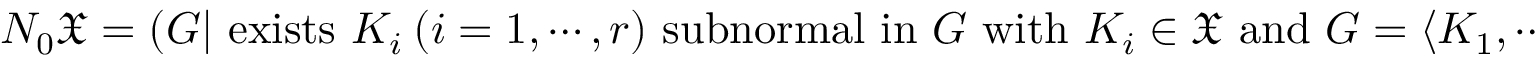
N _ { 0 } { \mathfrak { X } } = ( G | { \mathrm { ~ e x i s t s ~ } } K _ { i } \ ( i = 1 , \cdots , r ) { \mathrm { ~ s u b n o r m a l ~ i n ~ } } G { \mathrm { ~ w i t h ~ } } K _ { i } \in { \mathfrak { X } } { \mathrm { ~ a n d ~ } } G = \langle K _ { 1 } , \cdots , K _ { r } \rangle )